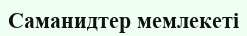
Саманидтер мемлекеті